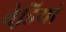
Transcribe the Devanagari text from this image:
बेडि़यां